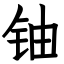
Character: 铀